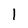
Character: l